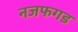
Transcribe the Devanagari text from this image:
नजफगड